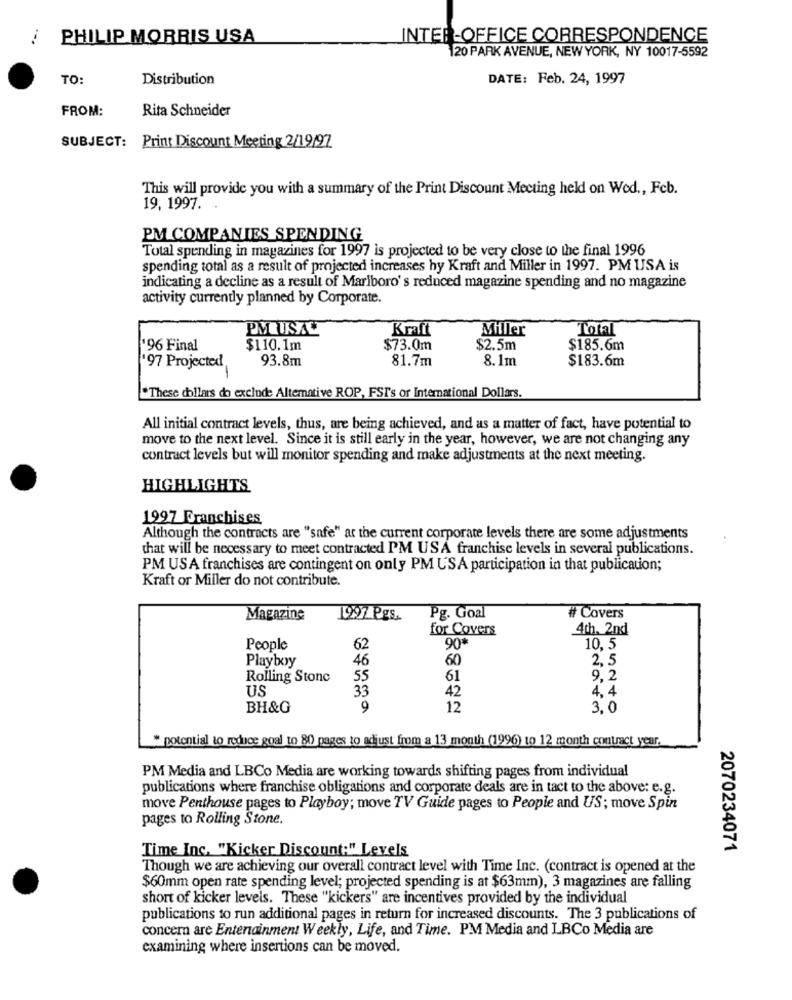
PHILIP MORRIS USA
INTER-OFFICE CORRESPONDENCE
120 PARK AVENUE, NEW YORK, NY 10017-5592
TO:
Distribution
DATE: Feb. 24, 1997
FROM:
Rita Schneider
SUBJECT: Print Discount Meeting 2/19/97
This will provide you with a summary of the Print Discount Meeting held on Wed ., Feb.
19, 1997.
PM COMPANIES SPENDING
Total spending in magazines for 1997 is projected to be very close to the final 1996
spending total as a result of projected increases hy Kraft and Miller in 1997. PM USA is
indicating a decline as a result of Marlboro' s reduced magazine spending and no magazine
activity currently planned by Corporate.
PM USA
Kraft
Miller
Total
196 Final
$110.1m
$73.0m
$2.5m
$185.6m
93.8m
81.7m
8.1m
$183.6m
'97 Projected
"These dollars do exclude Altemative ROP, FST's or International Dollars.
All initial contract levels, thus, are being achieved, and as a matter of fact, have potential to
move to the next level. Since it is still early in the year, however, we are not changing any
contract levels but will monitor spending and make adjustments at the next meeting.
HIGHLIGHTS
1997 Franchises
Although the contracts are "safe" at the current corporate levels there are some adjustments
that will be necessary to meet contracted PM USA franchise levels in several publications.
PM USA franchises are contingent on only PM USA participation in that publication;
Kraft or Miller do not contribute.
Magazine
1997 Pgs.
Pg. Goal
# Covers
for Covers
4th, 2nd
People
62
90*
10, 5
Playboy
46
60
2, 5
Rolling Stone
55
61
9.2
US
33
42
4.4
BH&G
9
12
3.0
* potential to reduce goal to 80 pages to adjust from a 13 month (1996) to 12 month contract year.
PM Media and LBCo Media are working towards shifting pages from individual
publications where franchise obligations and corporate deals are in tact to the above: e.g.
move Penthouse pages to Playboy; move TV Guide pages to People and US; move Spin
pages to Rolling Stone.
Time Inc. "Kicker Discount:" Levels
2070234071
Though we are achieving our overall contract level with Time Inc. (contract is opened at the
$60mm open rate spending level; projected spending is at $63mm), 3 magazines are falling
short of kicker levels. These "kickers" are incentives provided by the individual
publications to run additional pages in return for increased discounts. The 3 publications of
concern are Entenainment Weekly, Life, and Time. PM Media and LBCo Media are
examining where insertions can be moved.